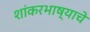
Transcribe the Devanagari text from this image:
शांकरभाष्याचे